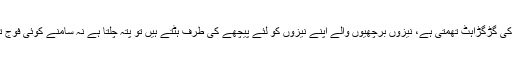
لیکن یہ کیا جب مطلع کارزار نمایاں ہوتا ہے، چمکتی ہوئی تلواریں ٹہرتی ہیں، کمانوں کی گڑگڑاہٹ تھمتی ہے، نیزوں برچھیوں والے اپنے نیزوں کو لئے پیچھے کی طرف ہٹتے ہیں تو پتہ چلتا ہے نہ سامنے کوئی فوج تھی، نہ کسی فوج کو جغرافیائی برتری حاصل تھی اور نہ بھاری اسلحے و ہتھیار تھے۔